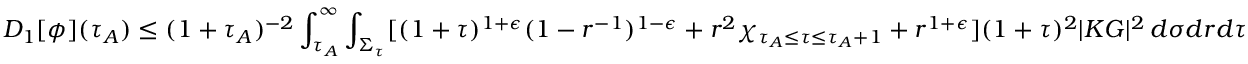
D _ { 1 } [ \phi ] ( \tau _ { A } ) \leq ( 1 + \tau _ { A } ) ^ { - 2 } \int _ { \tau _ { A } } ^ { \infty } \int _ { \Sigma _ { \tau } } [ ( 1 + \tau ) ^ { 1 + \epsilon } ( 1 - r ^ { - 1 } ) ^ { 1 - \epsilon } + r ^ { 2 } \chi _ { \tau _ { A } \leq \tau \leq \tau _ { A } + 1 } + r ^ { 1 + \epsilon } ] ( 1 + \tau ) ^ { 2 } | K G | ^ { 2 } \, d \sigma d r d \tau